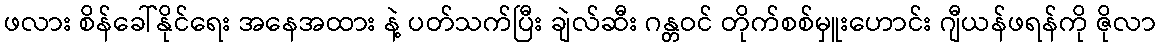
ဖလား စိန်ခေါ်နိုင်ရေး အနေအထား နဲ့ ပတ်သက်ပြီး ချဲလ်ဆီး ဂန္တဝင် တိုက်စစ်မှူးဟောင်း ဂျီယန်ဖရန်ကို ဇိုလာ